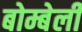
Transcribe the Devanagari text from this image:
बोम्बेली